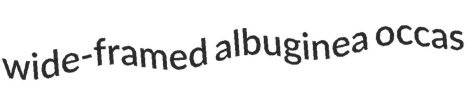
wide-framed albuginea occas